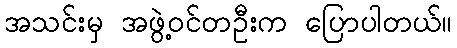
အသင်းမှ အဖွဲ့ဝင်တဦးက ပြောပါတယ်။